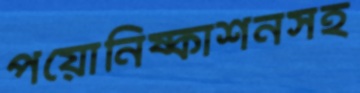
পয়োনিষ্কাশনসহ